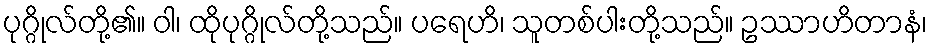
ပုဂ္ဂိုလ်တို့၏။ ဝါ၊ ထိုပုဂ္ဂိုလ်တို့သည်။ ပရေဟိ၊ သူတစ်ပါးတို့သည်။ ဥဿာဟိတာနံ၊